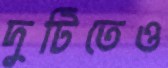
দুটিতেও